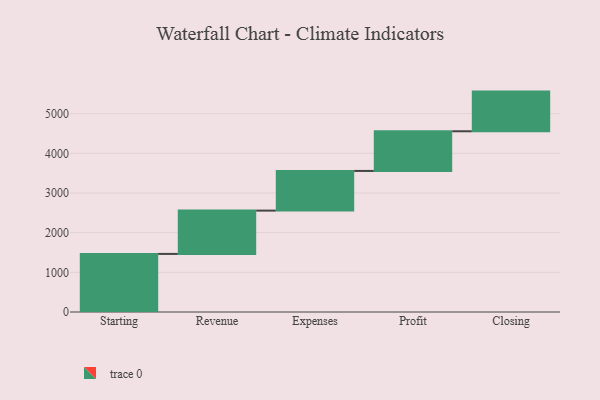
{"axis": {"x": "Step", "y": "Value"}, "legend": [""], "data": [{"x": "Starting", "y": 1464.0, "type": ""}, {"x": "Revenue", "y": 1092.0, "type": ""}, {"x": "Expenses", "y": 1000, "type": ""}, {"x": "Profit", "y": 1000, "type": ""}, {"x": "Closing", "y": 1000, "type": ""}]}